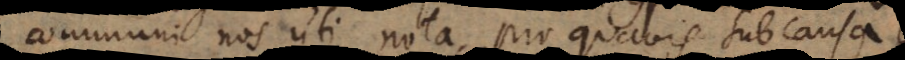
communi nos uti nota, pro quavis subcausa